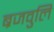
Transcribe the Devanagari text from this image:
ब्रजवुलि